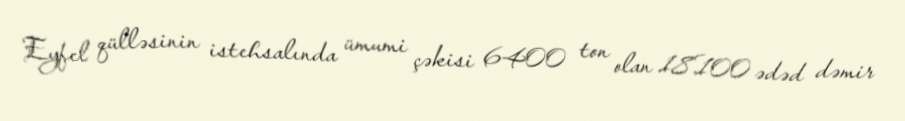
Eyfel qülləsinin istehsalında ümumi çəkisi 6400 ton olan 18.100 ədəd dəmir